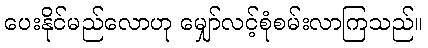
ပေးနိုင်မည်လောဟု မျှော်လင့်စုံစမ်းလာကြသည်။